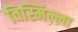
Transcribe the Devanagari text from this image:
विस्मिल्ला